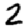
Digit: 2